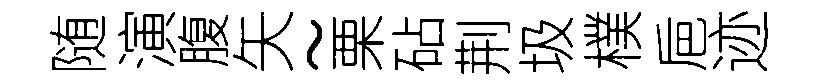
随演腹矢~栗砧荆圾樸巵迹